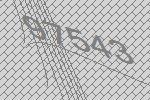
97543